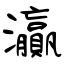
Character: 灜